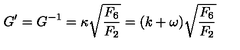
G ^ { \prime } = G ^ { - 1 } = \kappa \sqrt { { \frac { F _ { 6 } } { F _ { 2 } } } } = ( k + \omega ) \sqrt { { \frac { F _ { 6 } } { F _ { 2 } } } }